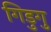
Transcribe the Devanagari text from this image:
गिडुगु